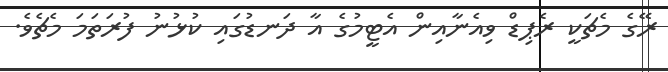
ރޭގެ މެޗަކީ ރެޕިޑް ވިއެނާއިން އެޓީމުގެ އާ ދަނޑުގައި ކުޅުނު ފުރަތަމަ މެޗެވެ.